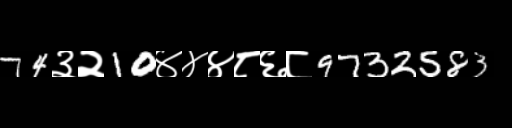
Text: 74३२10४४४८६८9732583